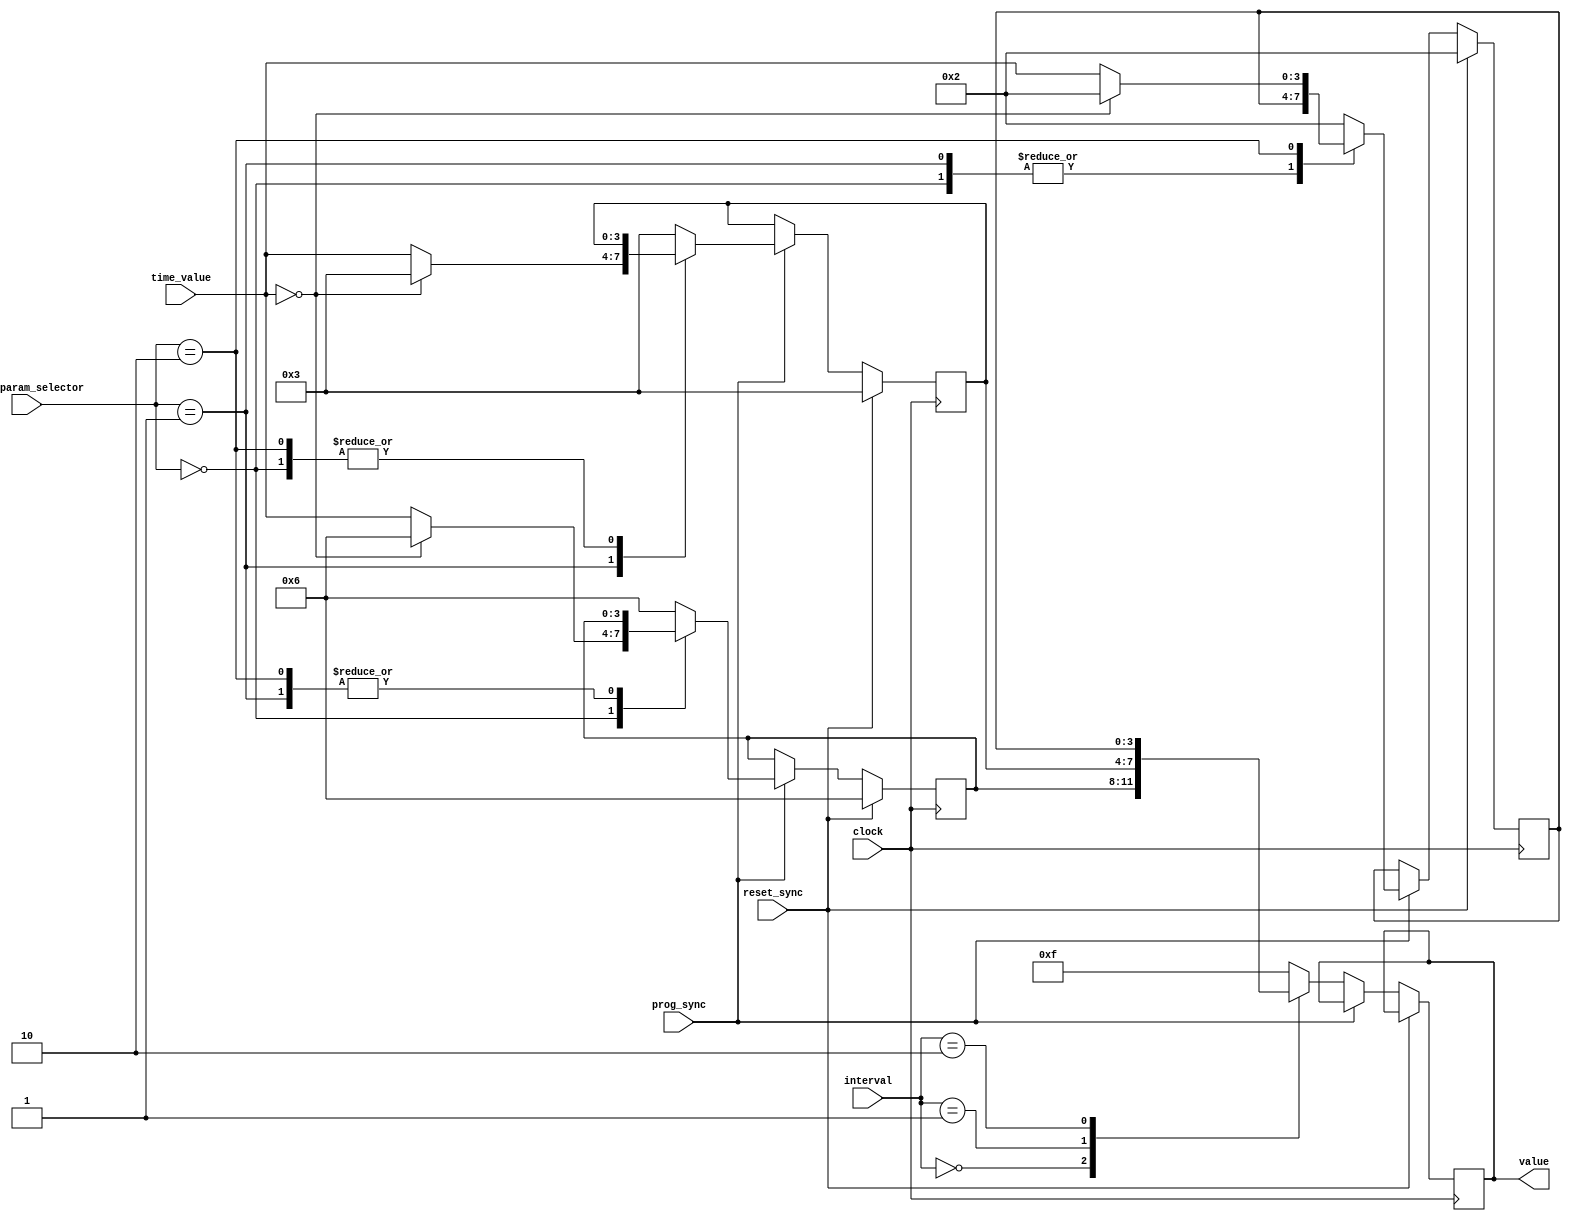
`timescale 1ns / 1ps
//////////////////////////////////////////////////////////////////////////////////
// Company: 
// Engineer: 
// 
// Design Name: 
// Module Name:    TimeParameters 
// Project Name: 
// Target Devices: 
// Tool versions: 
// Description: 
//
// Dependencies: 
//
// Revision: 
// Revision 0.01 - File Created
// Additional Comments: 
//
//////////////////////////////////////////////////////////////////////////////////
module TimeParameters(clock, reset_sync, prog_sync, interval, time_param_selector, time_value, value);
	input clock;
	input reset_sync;
	input prog_sync;
	input[1:0] time_param_selector;
	input[3:0] time_value;
	input[1:0] interval;
	output[3:0] value;
	reg[3:0] value;
	
	parameter ID_base = 2'b00;
	parameter ID_extended = 2'b01;
	parameter ID_yellow = 2'b10;
	
	parameter default_val_base = 4'd6;
	parameter default_val_extended = 4'd3;
	parameter default_val_yellow = 4'd2;
	
	(* KEEP = "TRUE" *)reg[3:0] value_base = default_val_base;
	(* KEEP = "TRUE" *)reg[3:0] value_extended = default_val_extended;
	(* KEEP = "TRUE" *)reg[3:0] value_yellow = default_val_yellow;
	
	always @(posedge clock)
		begin
			if(reset_sync)
				begin
					value_base=default_val_base;
					value_extended = default_val_extended;
					value_yellow = default_val_yellow;
				end
			else if(prog_sync)
				begin
					case(time_param_selector)
						ID_base:
							if(time_value == 4'd0)
								value_base = default_val_base;
							else
								value_base = time_value;
						
						ID_extended:
							if(time_value == 4'd0)
								value_extended = default_val_extended;
							else
								value_extended = time_value;
						
						ID_yellow:
							if(time_value == 4'd0)
								value_yellow = default_val_yellow;
							else
								value_yellow = time_value;
						
						default: //the default case 
							begin
								value_base = default_val_base;
								value_extended = default_val_extended;
								value_yellow = default_val_yellow;
							end
					endcase
				end
			
			else
				begin
					case(interval)
						ID_base:
							value <= value_base;
						ID_extended:
							value <= value_extended;
						ID_yellow:
							value <= value_yellow;
						
						default: //the default case for the situation
							value <= 4'd15;
					endcase
				end
		end
endmodule